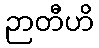
ဉာတီဟိ